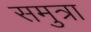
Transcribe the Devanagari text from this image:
समुत्रा